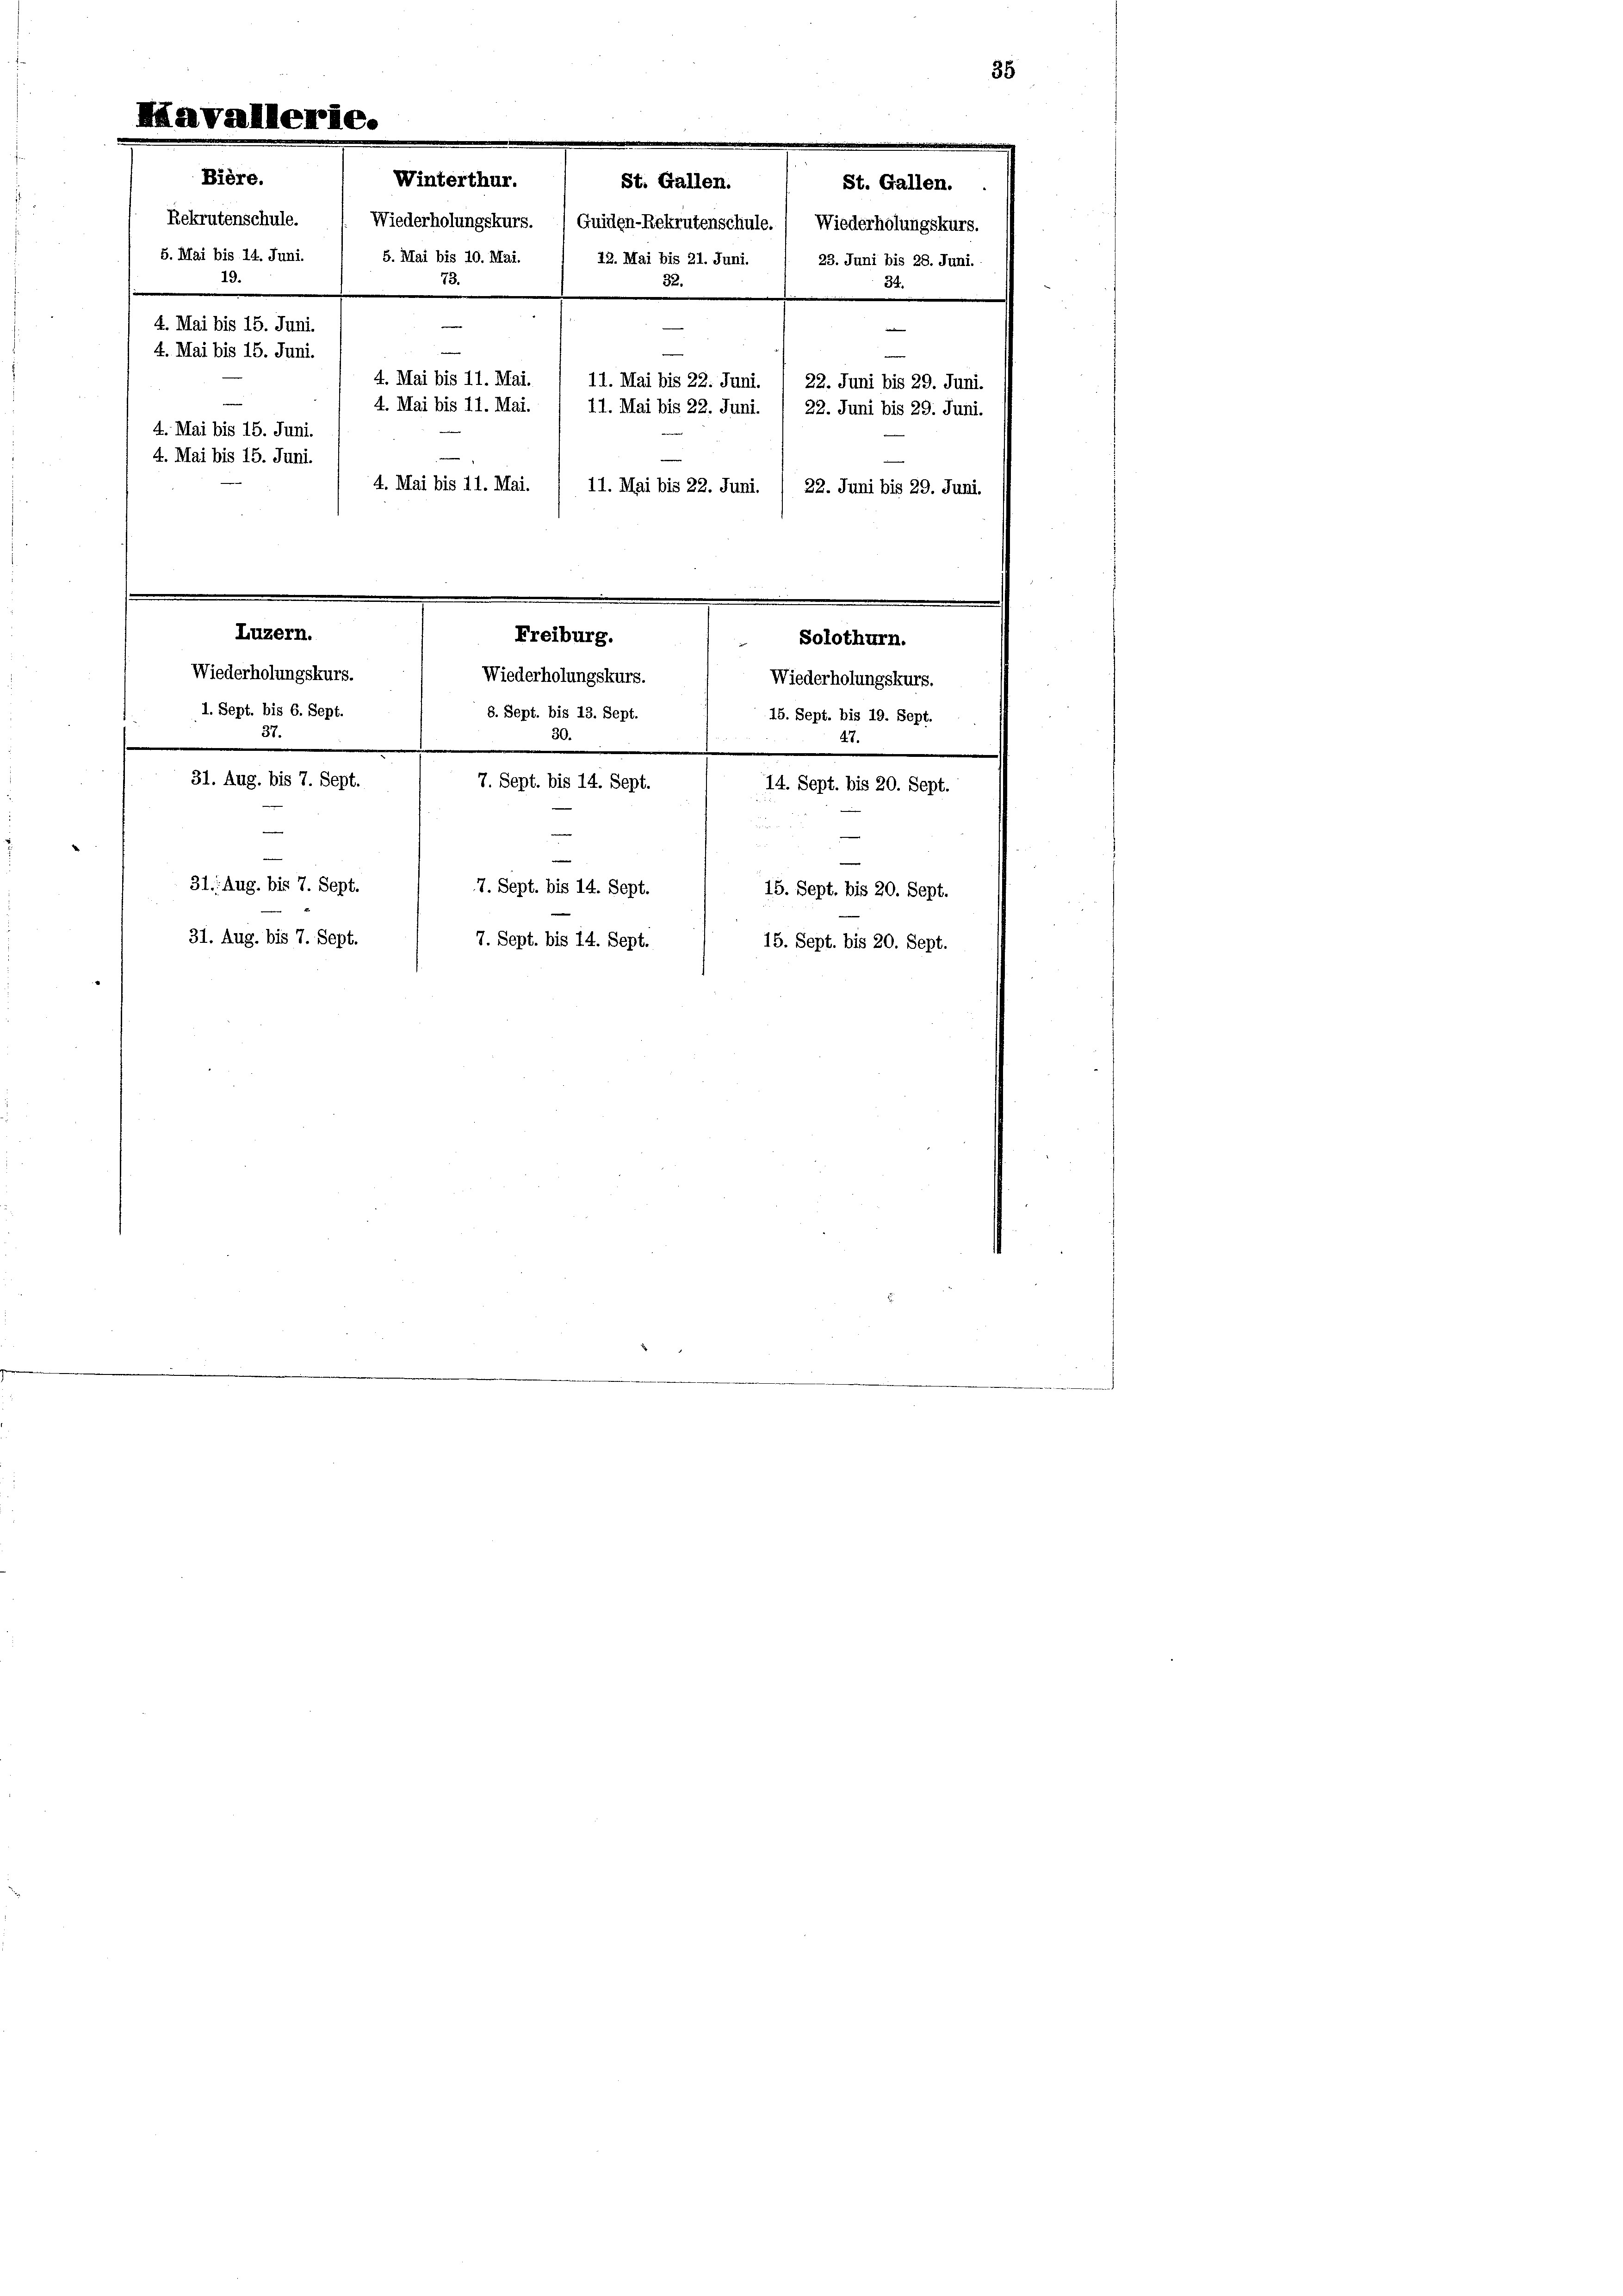
Mavallerie.
Winterthur.
St. Gallen.
St. Gallen.
Rekrutenschule. ( Wiederholungskurs. (Guiden-Rekrutenschule.) Wiederholungskurs.
5. Mai bis 10. Mai.
22. Mai bis 21. Juni.
23. Juni bis 28. Juni.
32.
e

4. Mai bis 15. Juni.
4. Mai bis 15. Juni.
4. Mai bis 11. Mai.
11. Mai bis 22. Juni. / 22. Juni bis 29. Juni.
4. Mai bis 11. Mai. / 11. Mai bis 22. Juni. / 22. Juni bis 29. Juni.
4. Mai bis 15. Juni.
4. Mai bis 15. Juni.
4. Mai bis 11. Mai.
11. Mai bis 22. Juni. / 22. Juni bis 29. Juni.
Luzern.
Freiburg.
Solothurn.
Wiederholungskurs.
Wiederholungskurs.
Wiederholungskurs.
8. Sept. bis 13. Sept.
1. Sept. bis 6. Sept.
15. Sept. bis 19. Sept.
37.
30.
47.
31. Aug. bis 7. Sept.
7. Sept. bis 14. Sept.
14. Sept. bis 20. Sept.
u
e
31. Aug. bis 7. Sept.
7. Sept. bis 14. Sept.
15. Sept. bis 20. Sept.
31. Aug. bis 7. Sept.
7. Sept. bis 14. Sept.
15. Sept. bis 20. Sept.

Bière.
5. Mai bis 14. Juni.
19.

35